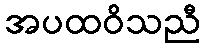
အပထဝိသညီ